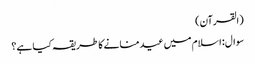
(القرآن)
سوال: اسلام میں عید منانے کا طریقہ کیا ہے؟